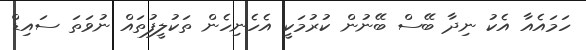
ހަމައެއާ އެކު ނިދާ ބޭސް ބޭނުން ކުރުމަކީ އެހެނިހެން ތަކުލީފުތައް ނުވަތަ ސައިޑް